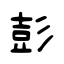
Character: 彭